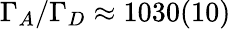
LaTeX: \Gamma_{A}/\Gamma_{D}\approx 1030(10)